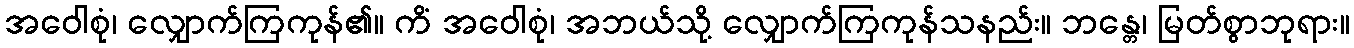
အဝေါစုံ၊ လျှောက်ကြကုန်၏။ ကိံ အဝေါစုံ၊ အဘယ်သို့ လျှောက်ကြကုန်သနည်း။ ဘန္တေ၊ မြတ်စွာဘုရား။